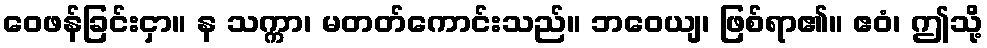
ဝေဖန်ခြင်းငှာ။ န သက္ကာ၊ မတတ်ကောင်းသည်။ ဘဝေယျ၊ ဖြစ်ရာ၏။ ဧဝံ၊ ဤသို့